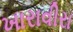
ખારાવીરા